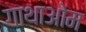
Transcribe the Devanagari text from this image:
गाथाओम